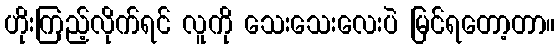
ဟိုးကြည့်လိုက်ရင် လူကို သေးသေးလေးပဲ မြင်ရတော့တာ။